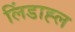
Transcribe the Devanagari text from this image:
लिंडाह्ल